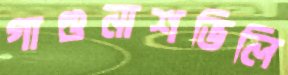
গাগুনাশভিলি